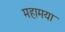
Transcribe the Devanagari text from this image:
महामया